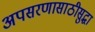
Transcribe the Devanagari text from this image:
अपसरणासाठीसुद्धा